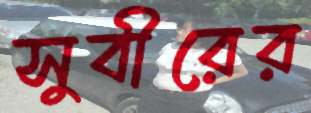
সুবীরের